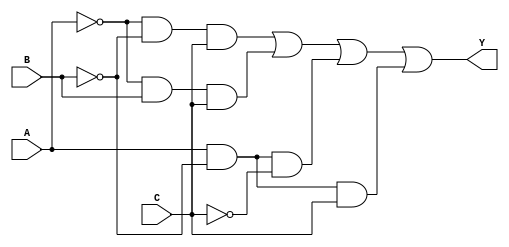
module three_variable_kmap (
    input wire A, // First input variable
    input wire B, // Second input variable
    input wire C, // Third input variable
    output wire Y // Output variable
);

// Implementing the K-map logic expression:
// Y = A'B'C + A'BC + AB'C' + AB'C
assign Y = (~A & ~B & C) | (~A & B & C) | (A & ~B & ~C) | (A & ~B & C);

endmodule